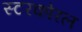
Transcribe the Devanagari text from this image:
स्टरकोरल